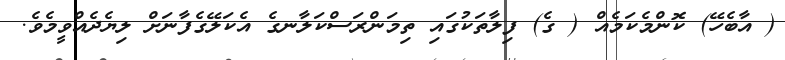
( އާބެހޭ) ކޮންމެކަމެއް ( ގެ) ފިލާތަކުގައި ތިމަންރަސްކަލާނގެ އެކަލޭގެފާނަށް ލިޔެދެއްވީމެވެ.